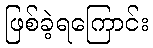
ဖြစ်ခဲ့ရကြောင်း